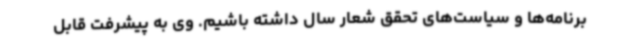
برنامه‌ها و سیاست‌های تحقق شعار سال داشته باشیم. وی به پیشرفت قابل